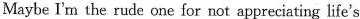
Maybe I'm the rude one for not appreciating life's